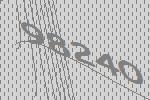
98240